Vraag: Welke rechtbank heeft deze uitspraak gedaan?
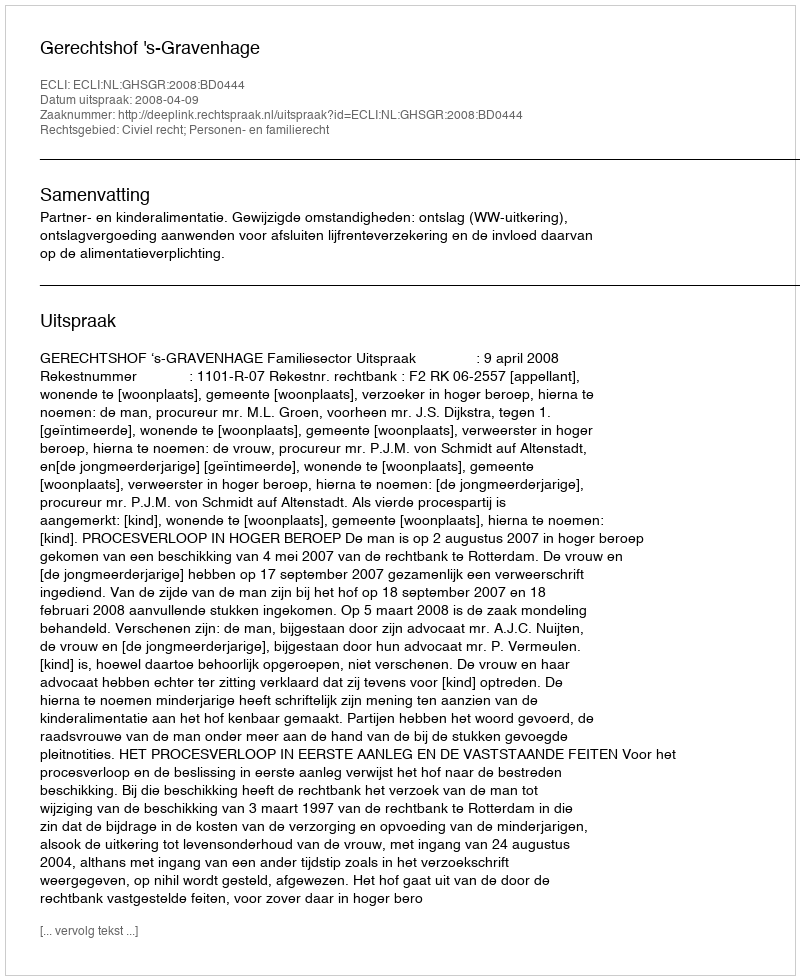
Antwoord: Gerechtshof 's-Gravenhage